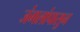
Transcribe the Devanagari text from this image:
जंगलांपासुन